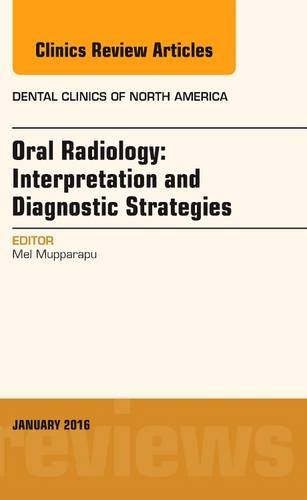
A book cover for Oral Radiology: Interpretation and Diagnostic Strategies, An Issue of Dental Clinics of North America, 1e (The Clinics: Dentistry); Mel Mupparapu DMD  MDS  Dip. ABOMR; Medical Books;